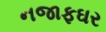
નજાફઘર